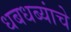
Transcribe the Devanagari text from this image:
धबधब्यांचे